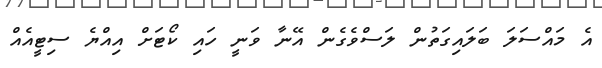
އެ މައްސަލަ ބަލައިގަތުން ލަސްވެގެން އޭނާ ވަނީ ހައި ކޯޓަށް އިއްޔެ ސިޓީއެއް